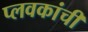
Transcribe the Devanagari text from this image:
प्लवकांची